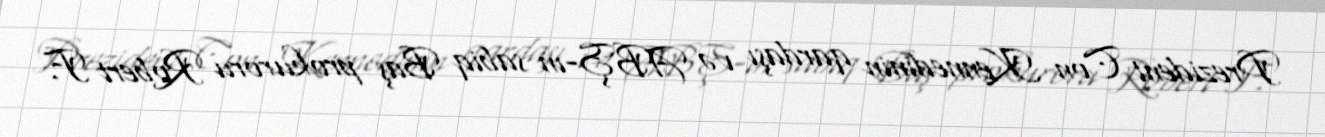
Prezident Con Kennedinin qardaşı və ABŞ-ın sabiq Baş prokuroru Robert F.